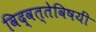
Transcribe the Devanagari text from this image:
विद्वत्तेविषयीं